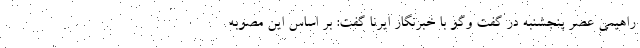
راهیمی عصر پنجشنبه در گفت وگو با خبرنگار ایرنا گفت: بر اساس این مصوبه